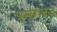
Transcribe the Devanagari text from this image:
प्रसंगबद्ध